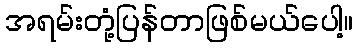
အရမ်းတုံ့ပြန်တာဖြစ်မယ်ပေါ့။